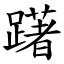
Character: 躇